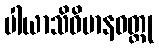
ပါယာသိဝိမာနဝတ္ထု